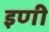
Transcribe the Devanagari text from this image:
इणी